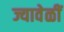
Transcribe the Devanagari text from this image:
ज्यावेळीं